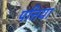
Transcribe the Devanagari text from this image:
पत्तिया